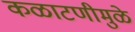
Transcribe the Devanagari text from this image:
कळाटणीमुळे